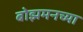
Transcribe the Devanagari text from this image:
बोझमनच्या